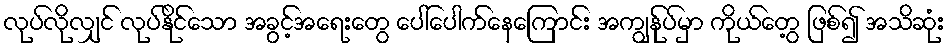
လုပ်လိုလျှင် လုပ်နိုင်သော အခွင့်အရေးတွေ ပေါ်ပေါက်နေကြောင်း အကျွန်ုပ်မှာ ကိုယ်တွေ့ ဖြစ်၍ အသိဆုံး